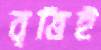
বৃত্তিই